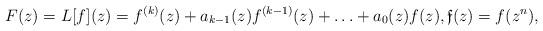
LaTeX: \begin{align*} F(z) = L[f](z) = f^{(k)}(z) + a_{k-1}(z) f^{(k-1)}(z) + \ldots + a_0(z) f(z) , \mathfrak{f}(z) = f(z^n) , \end{align*}